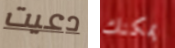
دعيت يمكنك